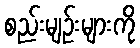
စည်းမျဉ်းများကို